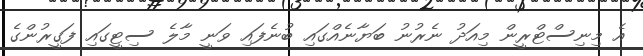
އެ މިނިސްޓްރީން މިއަދު ނެރުނު ބަޔާނެއްގައި ބުނެފައި ވަނީ މާލެ ސިޓީގައި ފަގީރުންގެ